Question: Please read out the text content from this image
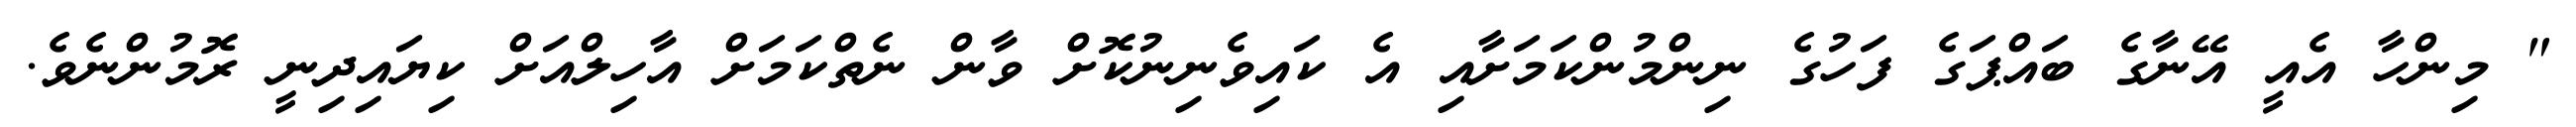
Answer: " މިންހާ އެއީ އޭނާގެ ބައްޕަގެ ފަހުގެ ނިންމުންކަމަށާއި އެ ކައިވެނިނުކޮށް ވާން ނެތްކަމަށް އާހިލްއަށް ކިޔައިދިނީ ރޮމުންނެވެ.